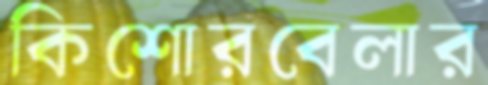
কিশোরবেলার